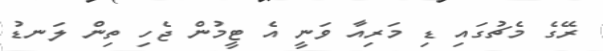
ރޭގެ މެޗުގައި ޑި މަރިއާ ވަނީ އެ ޓީމުން ޖެހި ތިން ލަނޑު